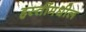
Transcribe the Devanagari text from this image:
हस्तींमधील